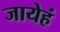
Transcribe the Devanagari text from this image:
जायेहं